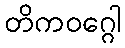
တိကဝဂ္ဂေါ